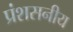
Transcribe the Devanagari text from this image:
प्रंशसनीय